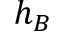
h _ { B }